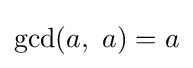
{\text{gcd}}(a,\ a)=a